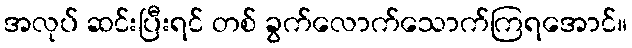
အလုပ် ဆင်းပြီးရင် တစ် ခွက်လောက်သောက်ကြရအောင်။